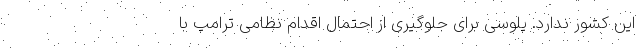
این کشور ندارد. پلوسی برای جلوگیری از احتمال اقدام نظامی ترامپ با